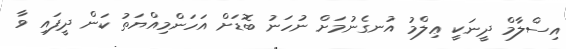
އިސްލާމް ދީނަކީ ޢިލްމު އުނގެނުމަށް ނުހަނު ބޮޑަށް އަހަންމިއްޔަތު ކަން ދީފައި ވާ